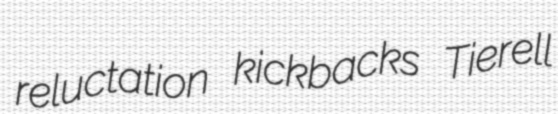
reluctation kickbacks Tierell